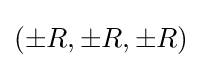
\left(\pm R,\pm R,\pm R\right)